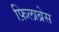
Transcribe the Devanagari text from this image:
फ़िलाब्रेस